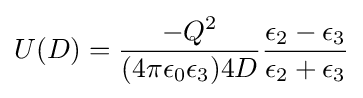
U(D)={\frac {-Q^{2}}{(4\pi \epsilon _{0}\epsilon _{3})4D}}{\frac {\epsilon _{2}-\epsilon _{3}}{\epsilon _{2}+\epsilon _{3}}}